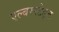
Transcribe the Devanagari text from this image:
एल्बरस्टैड्ट